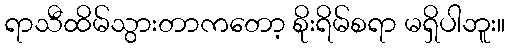
ရာသီထိမ်သွားတာကတော့ စိုးရိမ်စရာ မရှိပါဘူး။